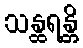
သန္ထရန္တိ